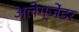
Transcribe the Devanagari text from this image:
अलेग्जेंडर